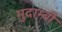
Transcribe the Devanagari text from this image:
मुदाम्बी